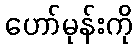
ဟော်မုန်းကို